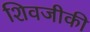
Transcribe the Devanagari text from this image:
शिवजीकी